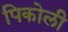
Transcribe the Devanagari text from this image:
पिकोली